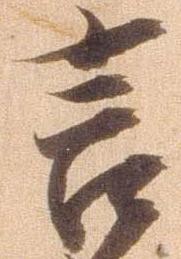
言